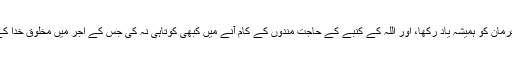
خدا ترس بیگم کلثوم نواز نے ”الخلق عیال اللہ‘‘ والے فرمان کو ہمیشہ یاد رکھا، اور اللہ کے کنبے کے حاجت مندوں کے کام آنے میں کبھی کوتاہی نہ کی جس کے اجر میں مخلوقِ خدا کے ہر طبقے میں عزت اور احترام کی مستحق ٹھہریں۔